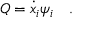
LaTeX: Q = { \dot { x } } _ { i } \psi _ { i } \quad .